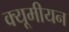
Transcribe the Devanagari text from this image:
क्यूमीयन